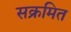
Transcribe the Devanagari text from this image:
सक्रमित